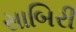
સાબિરી